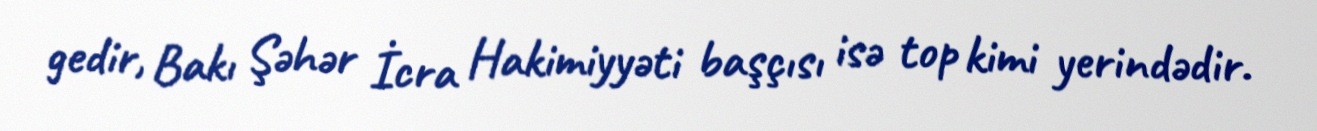
gedir, Bakı Şəhər İcra Hakimiyyəti başçısı isə top kimi yerindədir.